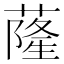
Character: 蕯